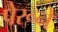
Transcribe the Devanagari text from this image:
पेरूने